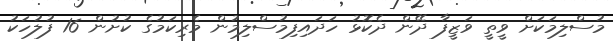
މުސްލިމަކަށް ވީތީ ވަޒީފާ ދޭން ދެކޮޅު ހަދައިފިމުސްލިމުން މެރިކަމުގެ ކުށުން 16 ފުލުހަކު